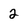
Character: 2